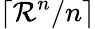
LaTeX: \lceil\mathcal{R}^{n}/n\rceil